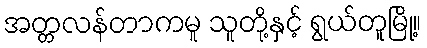
အတ္တလန်တာကမူ သူတို့နှင့် ရွယ်တူမြို့။